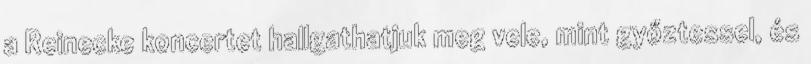
a Reinecke koncertet hallgathatjuk meg vele, mint győztessel, és